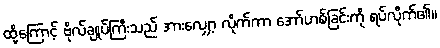
ထို့ကြောင့် ဗိုလ်ချုပ်ကြီးသည် အားလျှော့ လိုက်ကာ အော်ဟစ်ခြင်းကို ရပ်လိုက်၏။